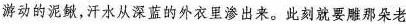
游动的泥鳅，汗水从深蓝的外衣里渗出来。此刻就要雕那朵老